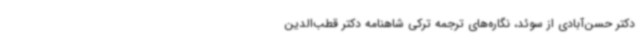
دکتر حسن‌آبادی از سوئد، نگاره‌های ترجمه ترکی شاهنامه دکتر قطب‌الدین